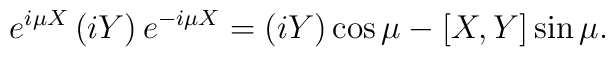
e^{i\mu X}\left( iY \right) e^{-i\mu X}=\left( iY \right) \cos {\mu} - [X,Y] \sin {\mu}.